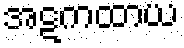
အဋကထာယ